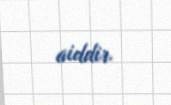
aiddir.